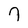
Character: 7